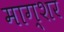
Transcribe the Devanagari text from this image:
माग्शर